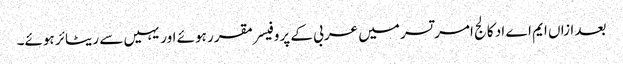
بعد ازاں ایم اے اد کالج امر تسر میں عربی کے پروفیسر مقرر ہوئے اور یہیں سے ریٹائر ہوئے۔